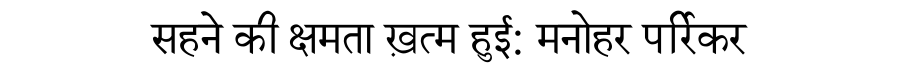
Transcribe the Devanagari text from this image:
सहने की क्षमता ख़त्म हुई: मनोहर पर्रिकर